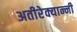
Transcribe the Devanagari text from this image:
अतीरेक्यान्नी